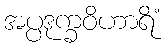
အပ္ပဒုက္ခဝိဟာရိံ